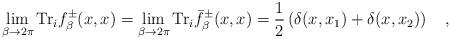
LaTeX: \begin{align*}\lim_{\beta\rightarrow 2\pi}\mbox{Tr}_if_\beta^{\pm}(x,x)=\lim_{\beta\rightarrow 2\pi}\mbox{Tr}_i\bar{f}_\beta^{\pm}(x,x)=\frac 12\left(\delta(x,x_1)+\delta(x,x_2)\right)~~~,\end{align*}